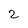
Character: 2